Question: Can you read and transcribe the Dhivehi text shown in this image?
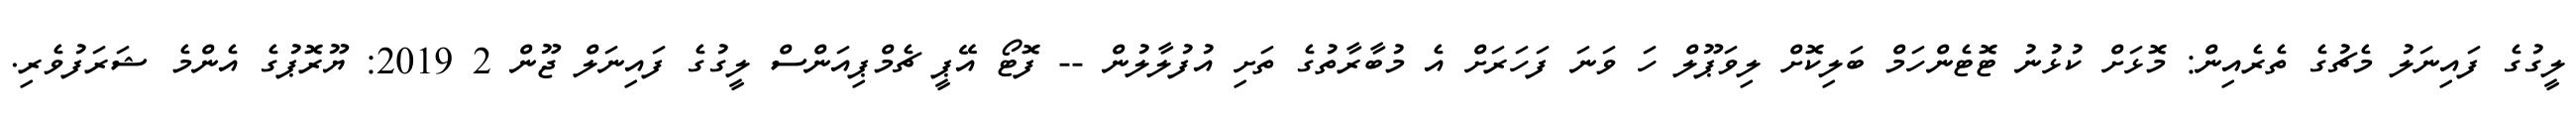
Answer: ލީގުގެ ފައިނަލު މެޗުގެ ތެރެއިން: މޮޅަށް ކުޅުނު ޓޮޓެންހަމް ބަލިކޮށް ލިވަޕޫލް ހަ ވަނަ ފަހަރަށް އެ މުބާރާތުގެ ތަށި އުފުލާލުން -- ފޮޓޯ އޭޕީ ޗެމްޕިއަންސް ލީގުގެ ފައިނަލް ޖޫން 2 2019: ޔޫރޮޕުގެ އެންމެ ޝަރަފުވެރި.